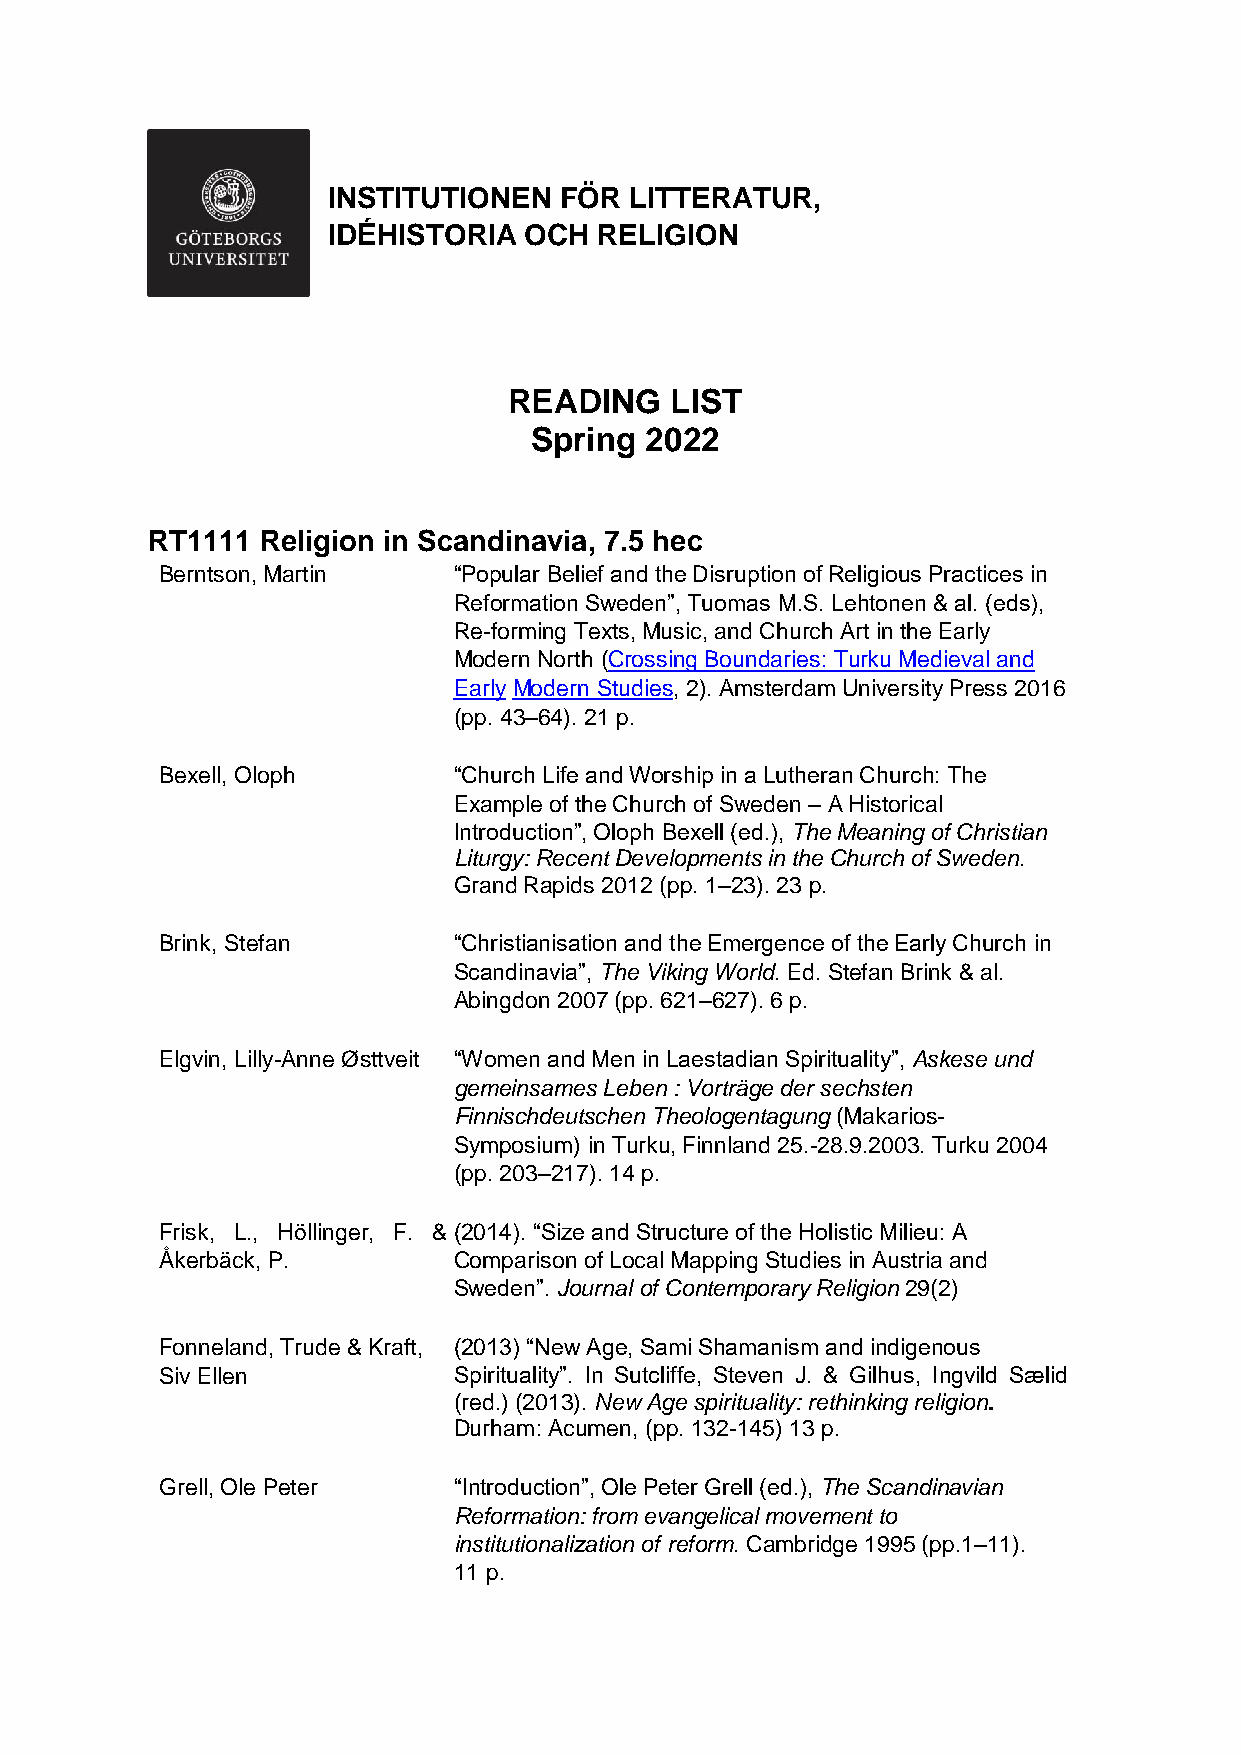
INSTITUTIONEN  FÖR  LITTERATUR,
 IDÉHISTORIA  OCH  RELIGION
 READING   LIST
 Spring  2022
 RT1111 Religion in Scandinavia, 7.5 hec
 Berntson, Martin   “Popular Belief and the Disruption of Religious Practices in
 Reformation Sweden”, Tuomas M.S. Lehtonen & al. (eds),
 Re-forming Texts, Music, and Church Art in the Early
 Modern North (Crossing Boundaries: Turku Medieval and
 Early Modern Studies, 2). Amsterdam University Press 2016
 (pp. 43–64). 21 p.
 Bexell, Oloph      “Church Life and Worship in a Lutheran Church: The
 Example of the Church of Sweden – A Historical
 Introduction”, Oloph Bexell (ed.), The Meaning of Christian
 Liturgy: Recent Developments in the Church of Sweden.
 Grand Rapids 2012 (pp. 1–23). 23 p.
 Brink, Stefan      “Christianisation and the Emergence of the Early Church in
 Scandinavia”, The Viking World. Ed. Stefan Brink & al.
 Abingdon 2007 (pp. 621–627). 6 p.
 Elgvin, Lilly-Anne Østtveit “Women and Men in Laestadian Spirituality”, Askese und
 gemeinsames Leben : Vorträge der sechsten
 Finnischdeutschen Theologentagung (Makarios-
 Symposium) in Turku, Finnland 25.-28.9.2003. Turku 2004
 (pp. 203–217). 14 p.
 Frisk, L., Höllinger, F. & (2014). “Size and Structure of the Holistic Milieu: A
 Åkerbäck, P.       Comparison of Local Mapping Studies in Austria and
 Sweden”. Journal of Contemporary Religion 29(2)
 Fonneland, Trude & Kraft, (2013) “New Age, Sami Shamanism and indigenous
 Siv Ellen          Spirituality”. In Sutcliffe, Steven J. & Gilhus, Ingvild Sælid
 (red.) (2013). New Age spirituality: rethinking religion.
 Durham: Acumen, (pp. 132-145) 13 p.
 Grell, Ole Peter   “Introduction”, Ole Peter Grell (ed.), The Scandinavian
 Reformation: from evangelical movement to
 institutionalization of reform. Cambridge 1995 (pp.1–11).
 11 p.